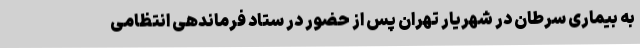
به بیماری سرطان در شهریار تهران پس از حضور در ستاد فرماندهی انتظامی